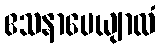
ဧသနာပေယျာလံ